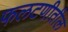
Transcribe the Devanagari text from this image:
फलटणीतील